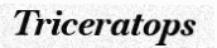
Triceratops